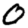
Digit: 0